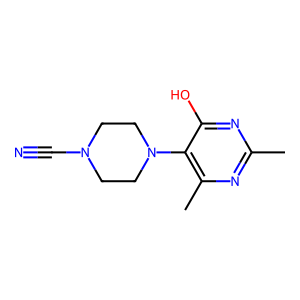
SMILES: Cc1nc(C)c(N2CCN(C#N)CC2)c(O)n1
Inhibits HIV replication: No